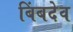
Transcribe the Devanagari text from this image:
बिंबदेव